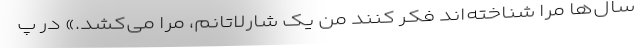
سال‌ها مرا شناخته‌اند فکر کنند من یک شارلاتانم، مرا می‌کشد.» در پ